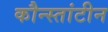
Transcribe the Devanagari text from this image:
कौन्स्तांटीन